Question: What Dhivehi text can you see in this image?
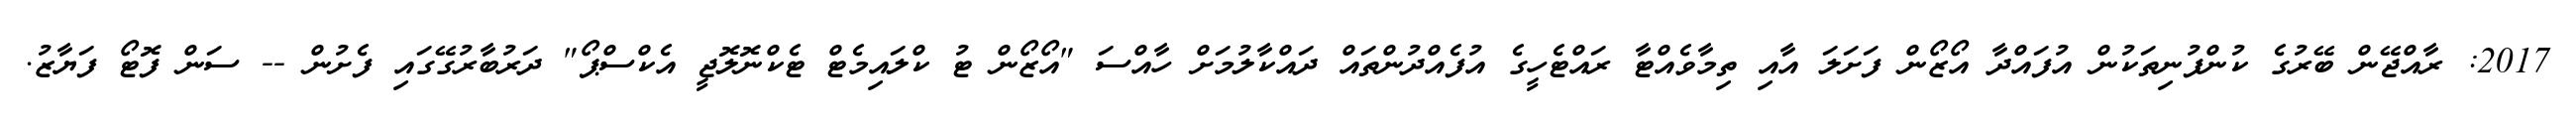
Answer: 2017: ރާއްޖޭން ބޭރުގެ ކުންފުނިތަކުން އުފައްދާ އޯޒޯން ފަށަލަ އާއި ތިމާވެއްޓާ ރައްޓެހީގެ އުފެއްދުންތައް ދައްކާލުމަށް ހާއްސަ "އޯޒޯން ޓު ކްލައިމެޓް ޓެކްނޮލޮޖީ އެކްސްޕޯ" ދަރުބާރުގޭގައި ފެށުން -- ސަން ފޮޓޯ ފަޔާޒު.